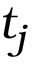
t _ { j }